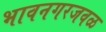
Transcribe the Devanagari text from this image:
भावनगरजवळ